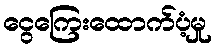
ငွေကြေးထောက်ပံ့မှု